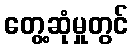
တွေ့ဆုံမှုတွင်